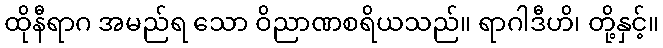
ထိုနီရာဂ အမည်ရ သော ဝိညာဏစရိယသည်။ ရာဂါဒီဟိ၊ တို့နှင့်။